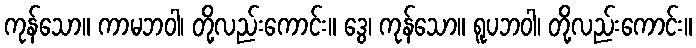
ကုန်သော။ ကာမဘဝါ၊ တို့လည်းကောင်း။ ဒွေ၊ ကုန်သော။ ရူပဘဝါ၊ တို့လည်းကောင်း။